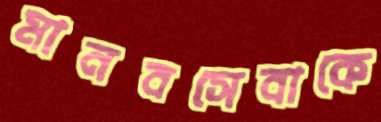
মানবসেবাকে